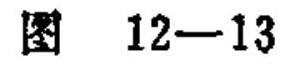
图 12—13